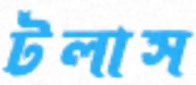
টলাস